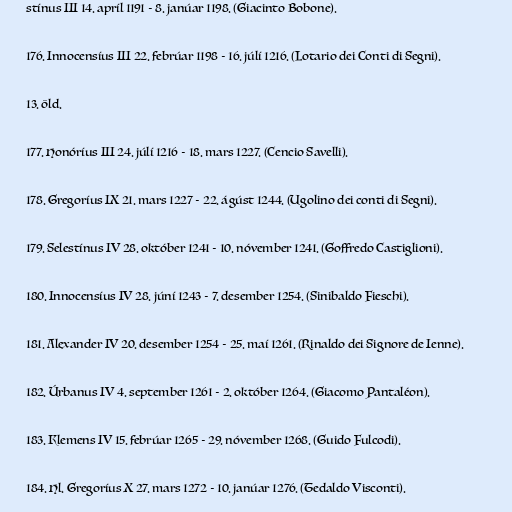
stínus III 14. apríl 1191 - 8. janúar 1198. (Giacinto Bobone).

176. Innocensíus III 22. febrúar 1198 - 16. júlí 1216. (Lotario dei Conti di Segni).

13. öld.

177. Honóríus III 24. júlí 1216 - 18. mars 1227. (Cencio Savelli).

178. Gregoríus IX 21. mars 1227 - 22. ágúst 1244. (Ugolino dei conti di Segni).

179. Selestínus IV 28. október 1241 - 10. nóvember 1241. (Goffredo Castiglioni).

180. Innocensíus IV 28. júní 1243 - 7. desember 1254. (Sinibaldo Fieschi).

181. Alexander IV 20. desember 1254 - 25. maí 1261. (Rinaldo dei Signore de Ienne).

182. Úrbanus IV 4. september 1261 - 2. október 1264. (Giacomo Pantaléon).

183. Klemens IV 15. febrúar 1265 - 29. nóvember 1268. (Guido Fulcodi).

184. Hl. Gregoríus X 27. mars 1272 - 10. janúar 1276. (Tedaldo Visconti).